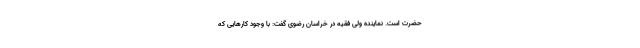
حضرت است. نماینده ولی فقیه در خراسان رضوی گفت: با وجود کارهایی که